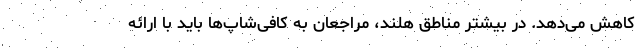
کاهش می‌دهد. در بیشتر مناطق هلند، مراجعان به کافی‌شاپ‌ها باید با ارائه